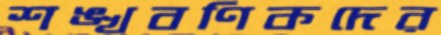
শঙ্খবণিকদের